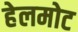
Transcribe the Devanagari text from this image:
हेलमोट